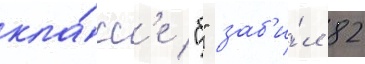
кла́сс'е "б" заб'и́л 82